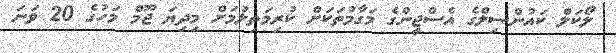
ލޯކަލް ކައުންސިލްގެ އެސްޖީންގެ މަގާމުތަކަށް ކުރިމަތިލުމަށް މިދިޔަ ޖޫމް މަހުގެ 20 ވަނަ